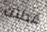
قطتك